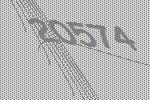
20574